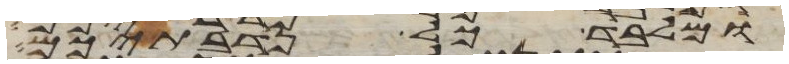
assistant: ומלבד כל נדבתיכם